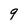
Character: 9